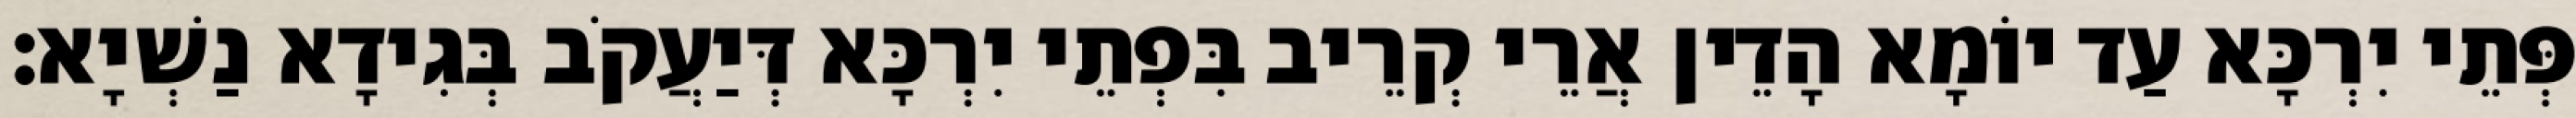
פְּתֵי יִרְכָּא עַד יוֹמָא הָדֵין אֲרֵי קְרֵיב בִּפְתֵי יִרְכָּא דְּיַעֲקֹב בְּגִידָא נַשְׁיָא׃